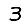
Digit: 3